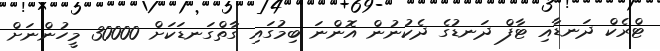
ޓްރެކް ދަނޑާއި ޓާފް ދަނޑުގެ ދެކުނުން އޮންނަ ބިމުގައި ގާތްގަނޑަކަށް 30000 މީހުންނަށް